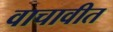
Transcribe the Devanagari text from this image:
वाचावीत